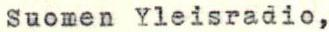
Suomen Yleisradio,